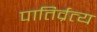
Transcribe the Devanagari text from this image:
पातिर्व्रत्य